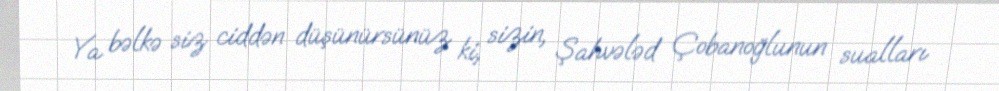
Ya bəlkə siz ciddən düşünürsünüz ki, sizin, Şahvələd Çobanoğlunun sualları